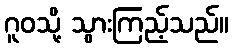
ဂူဝသို့ သွားကြည့်သည်။